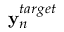
{ \bf y } _ { n } ^ { t a r g e t }